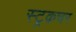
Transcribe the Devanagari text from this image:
स्ट्रक़चर